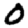
Digit: 0